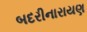
બદરીનારાયણ